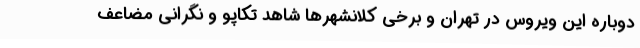
دوباره این ویروس در تهران و برخی کلانشهرها شاهد تکاپو و نگرانی مضاعف